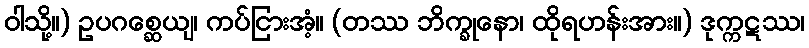
ဝါသို့။) ဥပဂစ္ဆေယျ၊ ကပ်ငြားအံ့။ (တဿ ဘိက္ခုနော၊ ထိုရဟန်းအား။) ဒုက္ကဋဿ၊